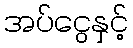
အပ်ငွေနှင့်